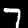
Label: 7